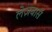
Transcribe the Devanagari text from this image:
लेज़बासॅ